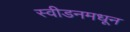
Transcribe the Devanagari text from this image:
स्वीडनमधून